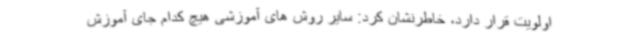
اولویت قرار دارد، خاطرنشان کرد: سایر روش های آموزشی هیچ کدام جای آموزش